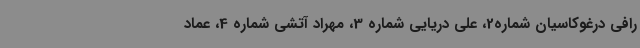
رافی درغوکاسیان شماره2، علی دریایی شماره 3، مهراد آتشی شماره 4، عماد